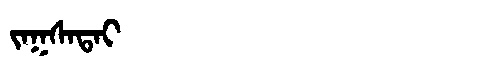
Manchu: ᠵᠠᡴᠰᠠᡨᠠᡳ
Romanization: JAKSATAI